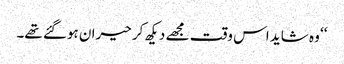
‘‘ وہ شاید اس وقت مجھے دیکھ کر حیران ہوگئے تھے۔